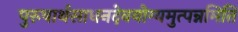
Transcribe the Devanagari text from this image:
पुरुषार्थसाधनदेवयोग्यमुत्पन्नमिति